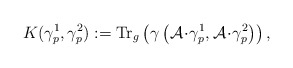
\begin{align*}K(\gamma^1_p,\gamma^2_p):= \operatorname{Tr}_g\left(\gamma\left(\mathcal{A}\!\cdot\!\gamma^1_p,\mathcal{A}\!\cdot\!\gamma^2_p\right)\right),\end{align*}